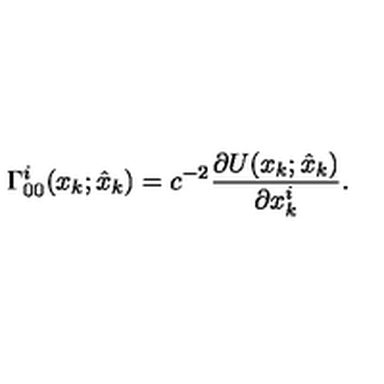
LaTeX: \Gamma _ { 0 0 } ^ { i } ( x _ { k } ; \hat { x } _ { k } ) = c ^ { - 2 } \frac { \partial U ( x _ { k } ; \hat { x } _ { k } ) } { \partial x _ { k } ^ { i } } .